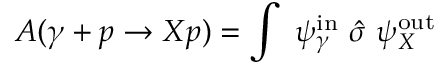
{ \cal A } ( \gamma + p \rightarrow X p ) = \int ~ \psi _ { \gamma } ^ { \mathrm { i n } } ~ { \hat { \sigma } } ~ \psi _ { X } ^ { \mathrm { o u t } }